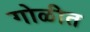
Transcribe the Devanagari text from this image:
गोळीत